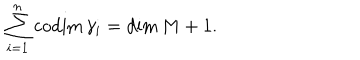
\sum _ { i = 1 } ^ { n } \mathrm { c o d i m } \, \gamma _ { i } = \mathrm { d i m } \, M + 1 .